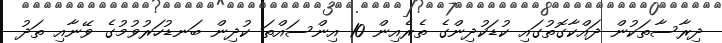
ދިރާސާތަކުން ދައްކާގޮތުގައި ކުޑަކުދިންގެ ތެރެއިން 10 އިންސައްތަ ކުދިން ބަނޑުހަރުވުމުގެ ވޭނާއި ތަދު